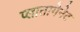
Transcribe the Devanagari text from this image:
प्लातागेनेट